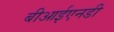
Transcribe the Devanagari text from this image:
बीआईएनडी